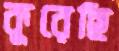
কুরেছি